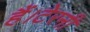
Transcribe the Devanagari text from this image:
हैं।टेरनी